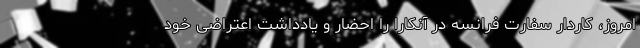
امروز، کاردار سفارت فرانسه در آنکارا را احضار و یادداشت اعتراضی خود